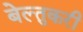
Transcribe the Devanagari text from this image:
बेल्तुकरी